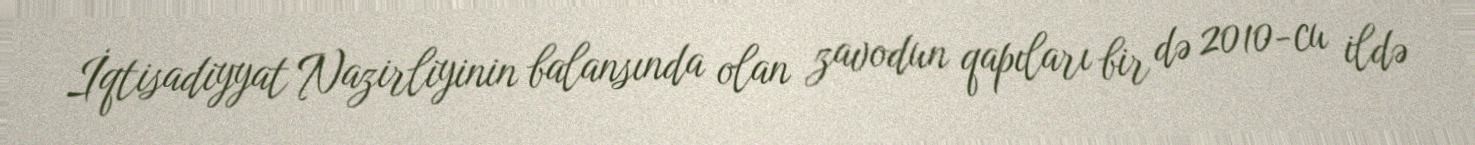
İqtisadiyyat Nazirliyinin balansında olan zavodun qapıları bir də 2010-cu ildə